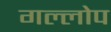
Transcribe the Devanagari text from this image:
गल्लोप